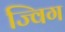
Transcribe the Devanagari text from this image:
ज्विग